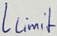
Text: Llimit